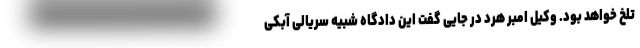
تلخ خواهد بود. وکیل امبر هرد در جایی گفت این دادگاه شبیه سریالی آبکی